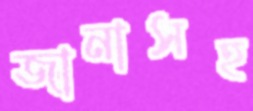
জানাসহ